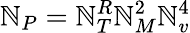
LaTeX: \mathbb{N}_{P}=\mathbb{N}_{T}^{R}\mathbb{N}_{M}^{2}\mathbb{N}_{v}^{4}